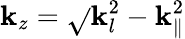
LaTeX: \mathbf{k}_{z}=\sqrt{}{{\mathbf{k}_{l}^{2}-\mathbf{k}_{\parallel}^{2}}}